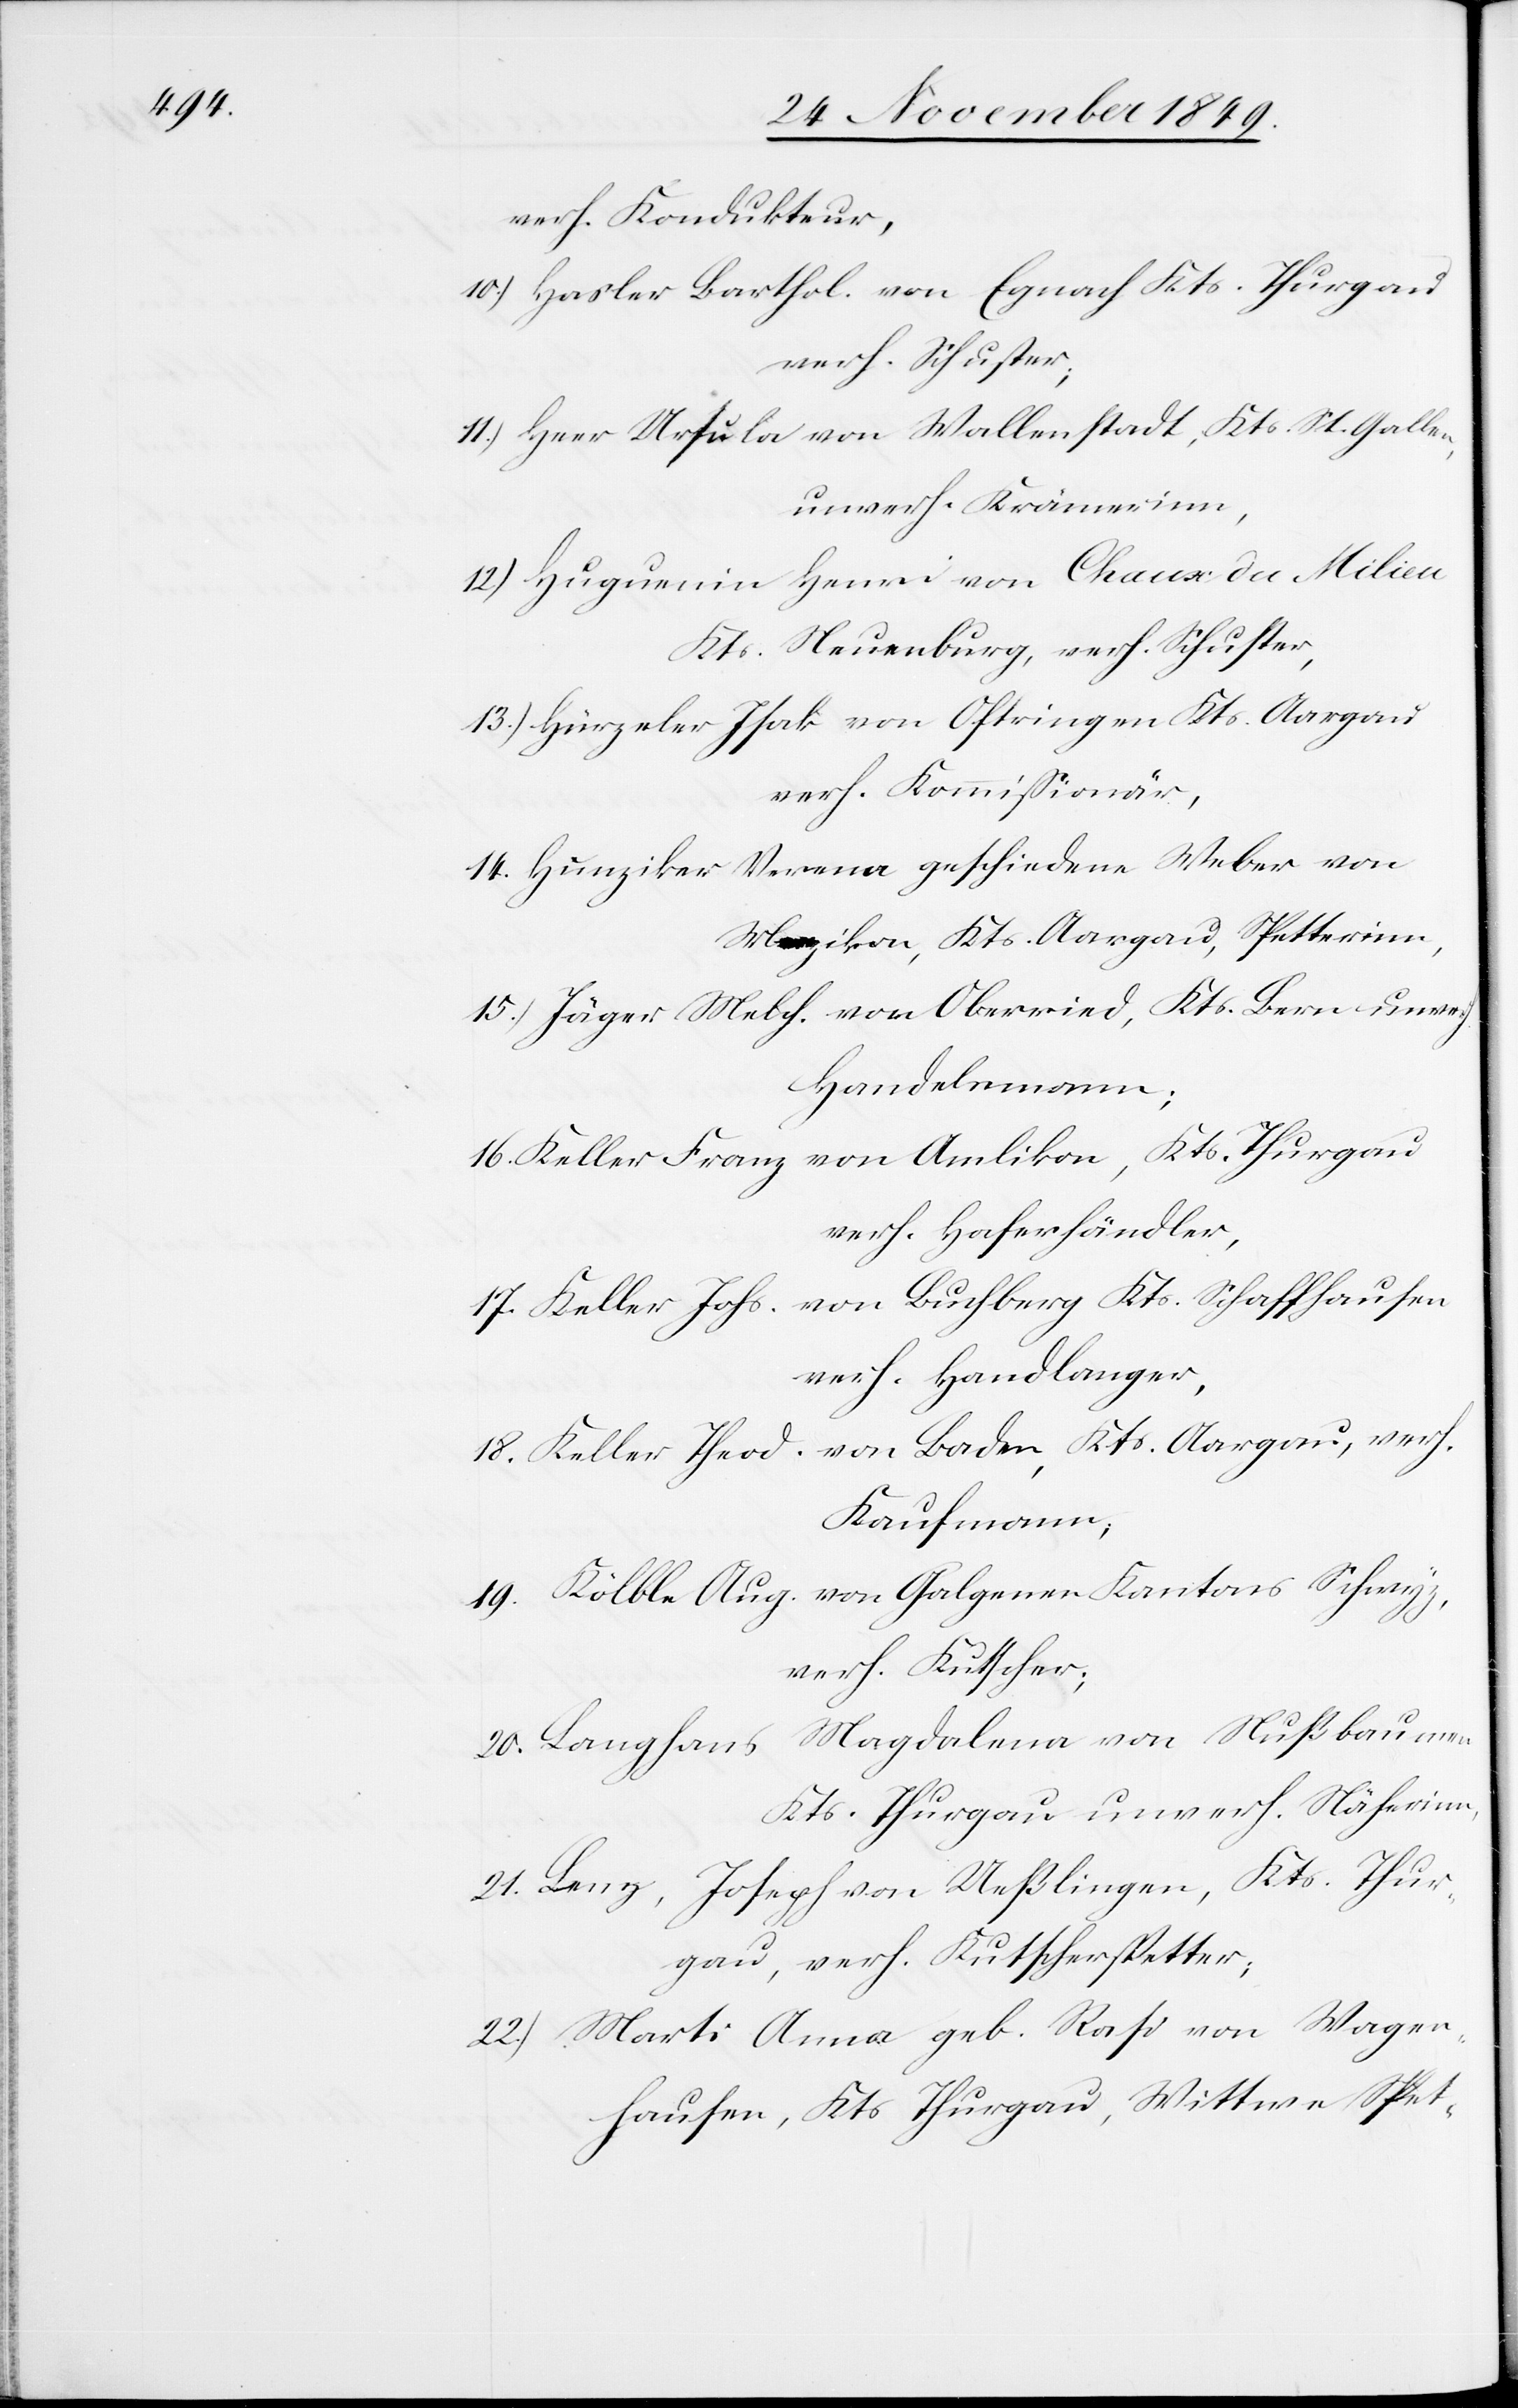
verh. Kondukteur,
10.) Hasler Barthol. von Egnach Kts. Thurgau
verh. Schuster;
11.) Herr [sic!] Ursula von Wallenstadt, Kts. St. Gallen,
unverh. Krämerinn,
12.) Huguenin Henri von Chaux du Milieu
Kts. Neuenburg, verh. Schuster,
13.) Hürzeler Isak von Oftringen Kts. Aargau
verh. Kommißionär,
14.) Hunziker Verena geschiedene Weber von
15.) Jäger Melch. von Oberried, Kts. Bern unverh.
Handelmann;
16. Keller Franz von Amlikon, Kts. Thurgau
verh. Haferhändler,
17. Keller Johs. von Buchberg Kts. Schaffhausen
verh. Handlanger,
18. Keller Theod. von Baden, Kts. Aargau, verh.
Kaufmann,
19. Kölble Aug. von Galgenen Kantons Schwyz,
verh. Kutscher;
20. Langhans Magdalena von Nußbaumen
Kts. Thurgau unverh. Näherinn,
21. Lenz, Joseph von Ueßlingen, Kts. Thur¬
gau, verh. Kutscherspetter;
22.) Marti Anna geb. Rasi von Wagen¬
hausen, Kts. Thurgau, Wittwe Spet-